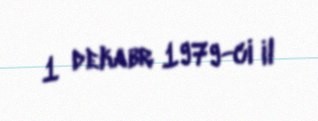
1 dekabr 1979-ci il